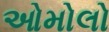
ઓમોલો